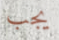
يجب